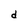
Character: d